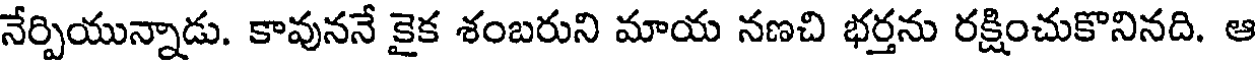
నేర్పియున్నాడు. కావుననే కైక శంబరుని మాయ నణచి భర్తను రక్షించుకొనినది. ఆ